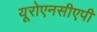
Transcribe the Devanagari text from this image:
यूरोएनसीएपी